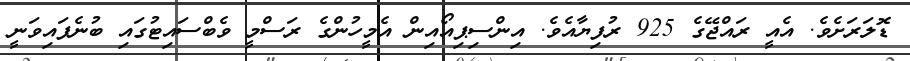
ޑޮލަރަށެވެ. އެއީ ރައްޖޭގެ 925 ރުފިޔާއެވެ. އިންސިޕިއޯއިން އެމީހުންގެ ރަސްމީ ވެބްސައިޓުގައި ބުނެފައިވަނީ